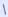
Text: 1